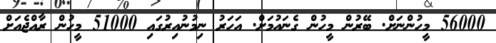
56000 މީހުންނަށް. ބޭރުން މީހުން ގެނައުމަށް. އަހަރު ނިމުނުއިރުގައި 51000 މީހުން ރާއްޖެއަށް